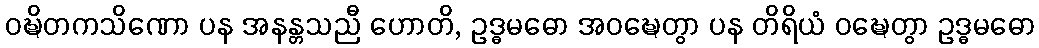
ဝဍ္ဎိတကသိဏော ပန အနန္တသညီ ဟောတိ, ဥဒ္ဓမဓော အဝဍ္ဎေတွာ ပန တိရိယံ ဝဍ္ဎေတွာ ဥဒ္ဓမဓော